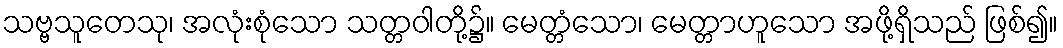
သဗ္ဗသူတေသု၊ အလုံးစုံသော သတ္တဝါတို့၌။ မေတ္တံသော၊ မေတ္တာဟူသော အဖို့ရှိသည် ဖြစ်၍။